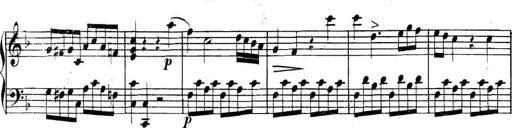
Title: Collected Piano Sonatas
Composer: Muzio Clementi